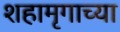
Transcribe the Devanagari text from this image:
शहामृगाच्या